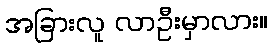
အခြားလူ လာဦးမှာလား။